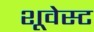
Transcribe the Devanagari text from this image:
शूवेस्ट